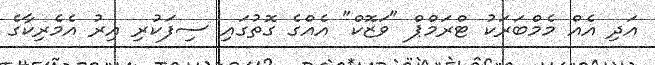
އަދި އެއް މެމްބަރަކު ޓްރަމްޕް "ވަޒޮކް" އެއްގެ ގޮތުގައި ސިފަކުރި އިރު އެމެރިކާގެ